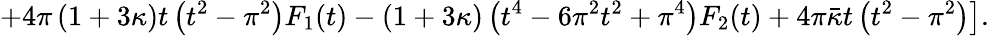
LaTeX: +4\pi\left(1+3\kappa\right)t\left(t^{2}-\pi^{2}\right)F_{1}(t)-\left.\left(1+3\kappa\right)\left(t^{4}-6\pi^{2}t^{2}+\pi^{4}\right)F_{2}(t)+4\pi\bar{\kappa}t\left(t^{2}-\pi^{2}\right)\right].